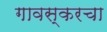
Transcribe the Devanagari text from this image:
गावस्करचा